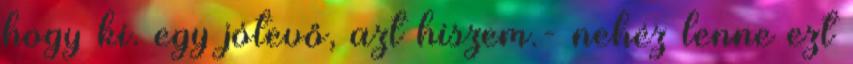
hogy ki. egy jótevő, azt hiszem.- nehéz lenne ezt